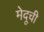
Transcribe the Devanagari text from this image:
मेदूची